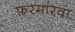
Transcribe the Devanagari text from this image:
फ़रमांरवा